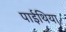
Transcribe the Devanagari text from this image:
पाईथिया